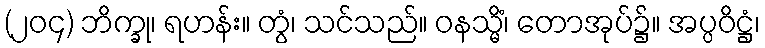
(၂၀၄) ဘိက္ခု၊ ရဟန်း။ တွံ၊ သင်သည်။ ဝနသ္မိံ၊ တောအုပ်၌။ အပ္ပဝိဋ္ဌံ၊